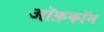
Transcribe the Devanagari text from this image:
ऑफ़कॉम